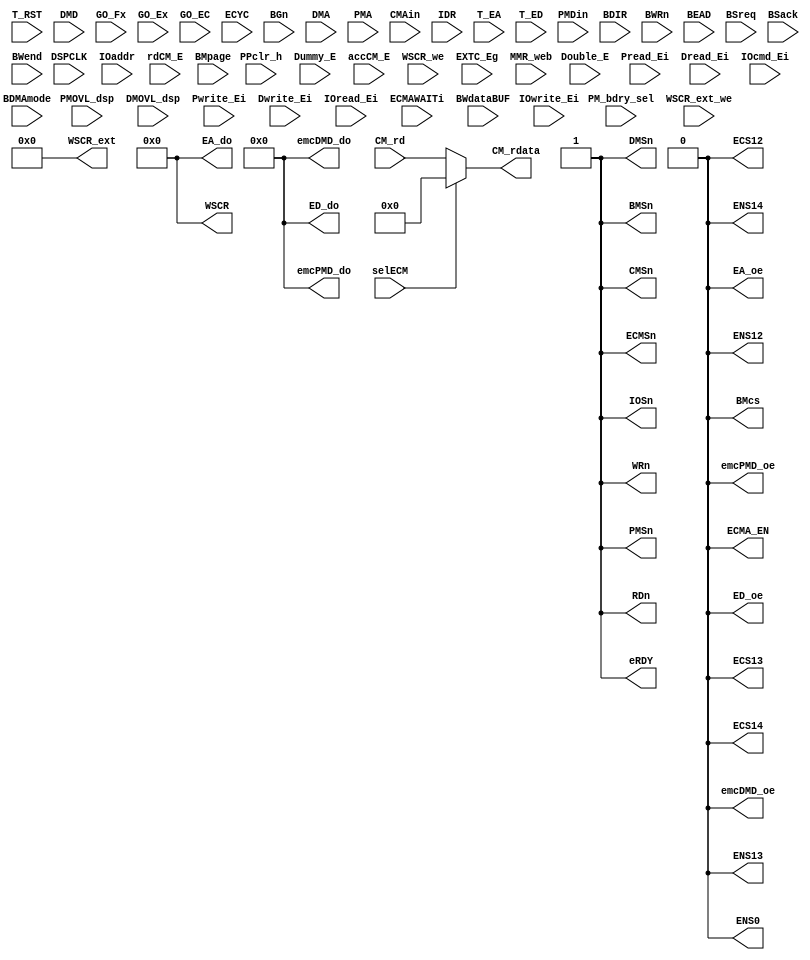
module EMC (/* ------------ Inputs : ------------- */
/* glob */ DSPCLK, T_RST, PPclr_h, DMD, selECM,
PM_bdry_sel,
/* psq */ GO_Fx, GO_Ex, GO_EC, ECYC, BGn, PMOVL_dsp,
DMOVL_dsp, Dummy_E,
/* dec */ IOaddr, Double_E, accCM_E, rdCM_E,
/* memc */ DMA, PMA, WSCR_we, WSCR_ext_we, EXTC_Eg,
Pread_Ei, Pwrite_Ei, Dread_Ei, Dwrite_Ei,
IOcmd_Ei, IOread_Ei, IOwrite_Ei, MMR_web,
CMAin, ECMAWAITi,
/* sice */ IDR,
/* pins */ T_EA, T_ED,
/* glob */ PMDin,
/* CM */ CM_rd,
/* bdma */ BDMAmode, BMpage,
BDIR, BWdataBUF, BWRn, BEAD,
BSreq, BSack, BWend,
`ifdef FD_DFT
/* dft */ SCAN_TEST,
`endif

/* ------------ Outputs : ------------ */
/* pin */ EA_oe, EA_do, ED_oe, ED_do,
PMSn, DMSn, IOSn, BMSn,
CMSn, RDn, WRn, ECMSn, ECMA_EN,
/* psq */ eRDY,
/* rego */ WSCR, WSCR_ext, emcDMD_oe, emcDMD_do,
emcPMD_oe, emcPMD_do,
CM_rdata,
/* bdma */ ENS12, ECS12, ENS13, ECS13, ENS14,
ECS14, ENS0, BMcs
);

input [15:0] PMDin;
input [13:0] BEAD;
input [7:0] BMpage,
BWdataBUF;
input BDMAmode,
BDIR,
BWRn,
BSreq,
BSack,
BWend;


input [7:0] PMOVL_dsp;
input [3:0] DMOVL_dsp;

input [1:0] ECMAWAITi;
input [7:0] T_EA;
input [15:0] T_ED,
DMD;
input [13:0] PMA,
DMA,
CMAin;
input [23:0] IDR,
CM_rd;
input [10:0] IOaddr;
input DSPCLK,
PPclr_h,
PM_bdry_sel,
T_RST,
GO_Fx,
GO_Ex,
GO_EC,
selECM,
ECYC,
BGn,
EXTC_Eg,
Dummy_E,
Pread_Ei,
Pwrite_Ei,
Dread_Ei,
Dwrite_Ei,
IOcmd_Ei,
IOread_Ei,
IOwrite_Ei,
Double_E,
accCM_E,
rdCM_E,
WSCR_we,
WSCR_ext_we,
MMR_web;

`ifdef FD_DFT
input SCAN_TEST;
`endif

output [23:0] CM_rdata;
output [15:0] emcDMD_do,
emcPMD_do;
output [14:0] WSCR;
output [7:0] WSCR_ext;
output [14:0] EA_do;
output [15:0] ED_do;
output ED_oe,
EA_oe,
ECMA_EN,
ECMSn,
PMSn,
DMSn,
IOSn,
CMSn,
RDn,
WRn,
eRDY,
emcPMD_oe,
emcDMD_oe;

output BMSn,
ENS12,
ECS12,
ENS13,
ECS13,
ENS14,
ECS14,
ENS0,
BMcs;



assign emcDMD_do[15:0] = 16'b0;
assign emcPMD_do[15:0] = 16'b0;
assign WSCR[14:0] = 15'b0;
assign WSCR_ext[7:0] = 8'b0;
assign EA_do[14:0] = 15'b0;
assign ED_do[15:0] = 16'b0;
assign ED_oe = 1'b0;
assign EA_oe = 1'b0;
assign ECMA_EN = 1'b0;
assign ECMSn = 1'b1;
assign PMSn = 1'b1;
assign DMSn = 1'b1;
assign IOSn = 1'b1;
assign CMSn = 1'b1;
assign RDn = 1'b1;
assign WRn = 1'b1;
assign eRDY = 1'b1;
assign emcPMD_oe = 1'b0;
assign emcDMD_oe = 1'b0;
assign BMSn = 1'b1;
assign ENS12 = 1'b0;
assign ECS12 = 1'b0;
assign ENS13 = 1'b0;
assign ECS13 = 1'b0;
assign ENS14 = 1'b0;
assign ECS14 = 1'b0;
assign ENS0 = 1'b0;
assign BMcs = 1'b0;

wire [23:0] ECMDreg;
assign ECMDreg[23:0] = 24'b0;



assign CM_rdata[23:0] = selECM ? ECMDreg[23:0] : CM_rd[23:0];

endmodule